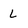
Character: L